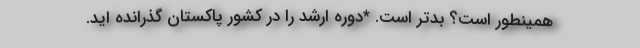
همینطور است؟ بدتر است. *دوره ارشد را در کشور پاکستان گذرانده اید.